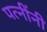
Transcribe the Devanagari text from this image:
पत्नींनी